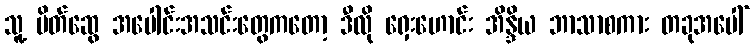
သူ့ မိတ်ဆွေ အပေါင်းအသင်းတွေကတော့ ဒီလို ရှေးဟောင်း အိန္ဒိယ ဘာသာစကား တခုအပေါ်